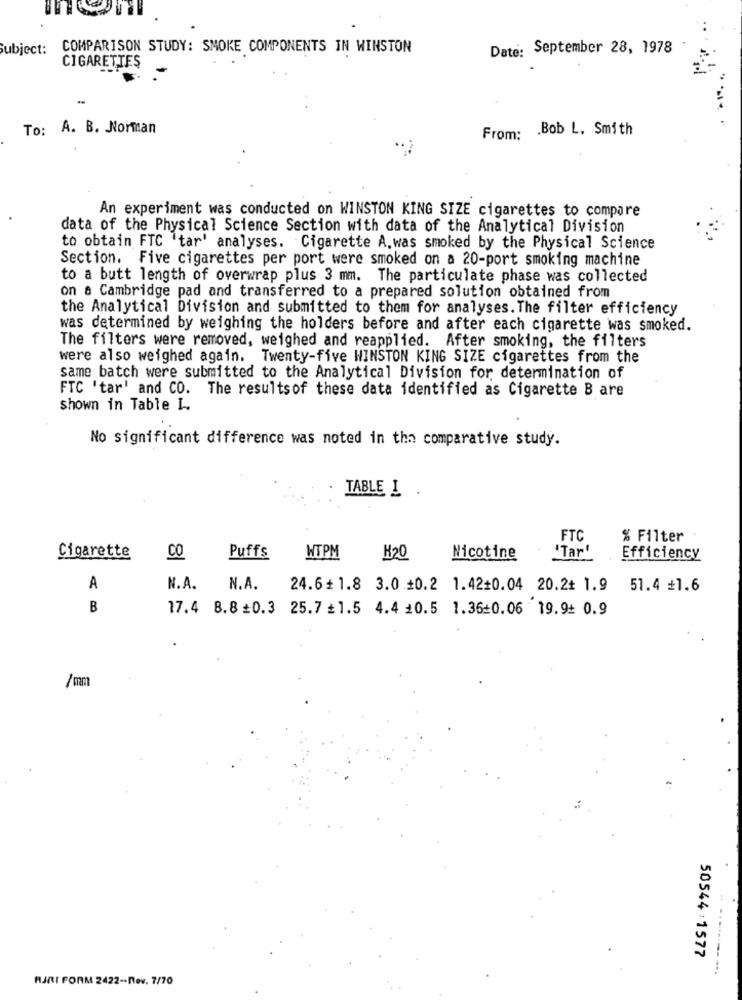
Subject:
COMPARISON STUDY: SMOKE COMPONENTS IN WINSTON
Date: September 28, 1978
CIGARETTES
To: A. B. Norman
From: Bob L. Smith
An experiment was conducted on WINSTON KING SIZE cigarettes to compare
data of the Physical Science Section with data of the Analytical Division
to obtain FTC 'tar' analyses. Cigarette A, was smoked by the Physical Science
Section. Five cigarettes per port were smoked on a 20-port smoking machine
to a butt length of overwrap plus 3 mm. The particulate phase was collected
on a Cambridge pad and transferred to a prepared solution obtained from
the Analytical Division and submitted to them for analyses. The filter efficiency
was determined by weighing the holders before and after each cigarette was smoked.
The filters were removed, weighed and reapplied. After smoking, the filters
were also weighed again. Twenty-five WINSTON KING SIZE cigarettes from the
same batch were submitted to the Analytical Division for, determination of
FTC 'tar' and CO. The resultsof these data identified as Cigarette B are
shown in Table I ..
No significant difference was noted in tha comparative study.
TABLE I .
FTC
% Filter
'Tar"
Cigarette
CO
Puffs
NTPM
H20
Nicotine
Efficiency
A
N.A. N.A.
24.6+1.8 3.0 +0.2 1.42+0.04 20.2+ 1.9 51.4 =1.6
B
17.4 8.8 =0.3 25.7 +1.5 4.4 10.5 1.36:0.06 19.9: 0.9
50544 :1577
RJRI FORM 2422-nev. 7/70